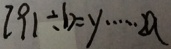
2 9 1 \div b = y \cdots 2 a